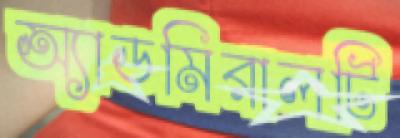
অ্যাডমিরালটি